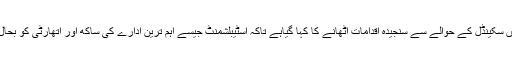
ان مضامین میں سکینڈل کے حوالے سے سنجیدہ اقدامات اٹھانے کا کہا گیاہے تاکہ اسٹیبلشمنٹ جیسے اہم ترین ادارے کی ساکھ اور اتھارٹی کو بحال کیا جاسکے ۔